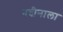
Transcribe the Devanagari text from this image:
नदीनाला